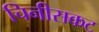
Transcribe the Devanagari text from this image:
चिनीसकट